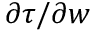
{ \partial \boldsymbol { \tau } } / { \partial \boldsymbol { w } }